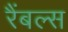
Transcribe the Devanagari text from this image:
रैंबल्स